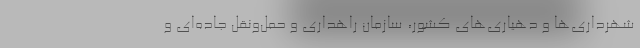
شهرداری‌ها و دهیاری‌های کشور، سازمان راهداری و حمل‌ونقل جاده‌ای و